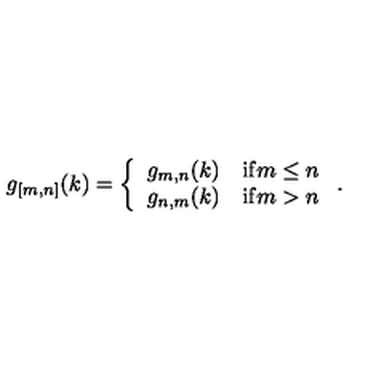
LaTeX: g _ { [ m , n ] } ( k ) = \left\{ \begin{array} { l l } { g _ { m , n } ( k ) } & { \mathrm { i f } m \leq n } \\ { g _ { n , m } ( k ) } & { \mathrm { i f } m > n } \\ \end{array} \right. .